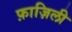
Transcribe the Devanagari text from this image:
फ़ाज़िली